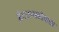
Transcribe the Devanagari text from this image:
इंटरग्लोबल